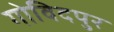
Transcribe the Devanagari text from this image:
गोविदपुर